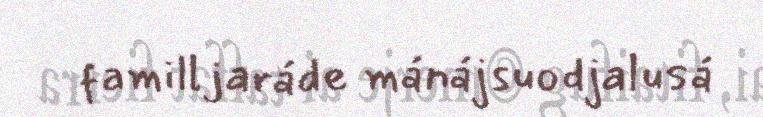
familljaráde mánájsuodjalusá